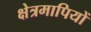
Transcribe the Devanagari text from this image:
क्षेत्रमापियों